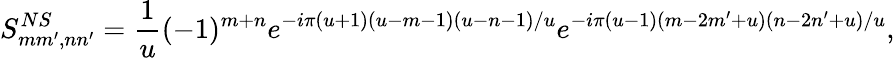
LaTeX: S_{mm^{\prime},nn^{\prime}}^{NS}=\frac{1}{u}(-1)^{m+n}e^{-i\pi(u+1)(u-m-1)(u-n-1)/u}e^{-i\pi(u-1)(m-2m^{\prime}+u)(n-2n^{\prime}+u)/u},